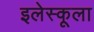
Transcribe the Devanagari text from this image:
इलेस्कूला